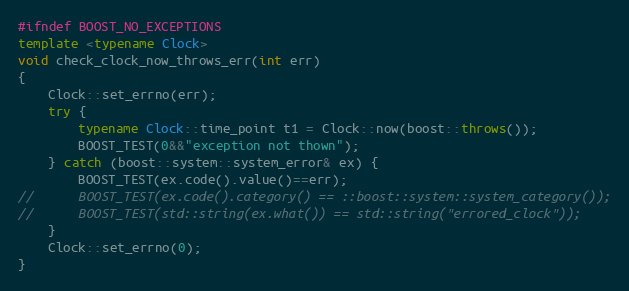
Language: C++
#ifndef BOOST_NO_EXCEPTIONS
template <typename Clock>
void check_clock_now_throws_err(int err)
{
    Clock::set_errno(err);
    try {
        typename Clock::time_point t1 = Clock::now(boost::throws());
        BOOST_TEST(0&&"exception not thown");
    } catch (boost::system::system_error& ex) {
        BOOST_TEST(ex.code().value()==err);
//      BOOST_TEST(ex.code().category() == ::boost::system::system_category());
//      BOOST_TEST(std::string(ex.what()) == std::string("errored_clock"));
    }
    Clock::set_errno(0);
}